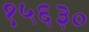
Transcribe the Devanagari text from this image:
१५६३०